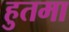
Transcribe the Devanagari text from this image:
हुतमा